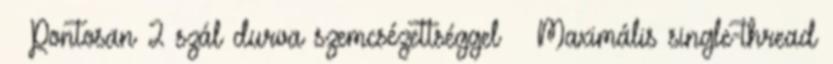
– Pontosan 2 szál durva szemcsézettséggel ● Maximális single-thread